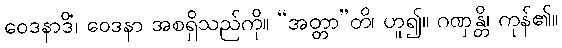
ဝေဒနာဒိံ၊ ဝေဒနာ အစရှိသည်ကို။ “အတ္တာ”တိ၊ ဟူ၍။ ဂဏှန္တိ၊ ကုန်၏။